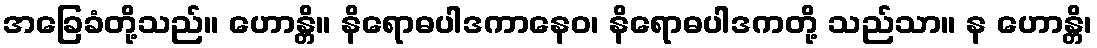
အခြေခံတို့သည်။ ဟောန္တိ။ နိရောဓပါဒကာနေဝ၊ နိရောဓပါဒကတို့ သည်သာ။ န ဟောန္တိ၊